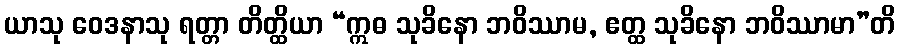
ယာသု ဝေဒနာသု ရတ္တာ တိတ္ထိယာ “ဣဓ သုခိနော ဘဝိဿာမ, ဧတ္ထ သုခိနော ဘဝိဿာမာ”တိ